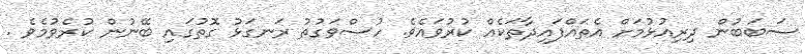
ސަބަބުން ދިރިއުޅުމަށް އެތައްފައިދާތަކެއް ކުރުވައެވެ. ހުސްވަގުތު ރަނގަޅު ގޮތުގައި ބޭނުން ކުރެވުމެވެ .